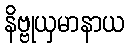
နိဗ္ဗုယှမာနာယ